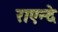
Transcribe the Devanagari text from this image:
राएन्दे